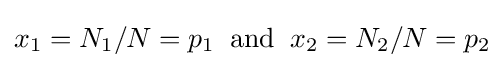
x_{1}=N_{1}/N=p_{1}\;\;{\text{and}}\;\;x_{2}=N_{2}/N=p_{2}